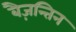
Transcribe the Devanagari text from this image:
बैज़न्तिन